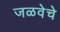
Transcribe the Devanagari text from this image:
जळवेचे